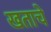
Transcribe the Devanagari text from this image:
खताचे